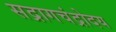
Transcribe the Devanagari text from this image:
सद्रागचंद्रोदय